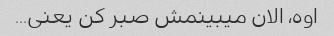
اوه، الان میبینمش صبر کن یعنی...